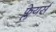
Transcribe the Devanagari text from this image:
फ्लेयर्स